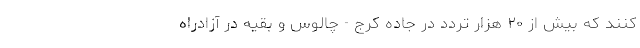
کنند که بیش از ۲۰ هزار تردد در جاده کرج - چالوس و بقیه در آزادراه